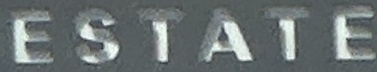
ESTATE